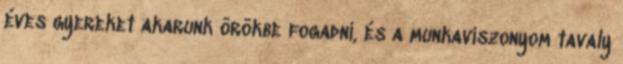
éves gyereket akarunk örökbe fogadni, és a munkaviszonyom tavaly